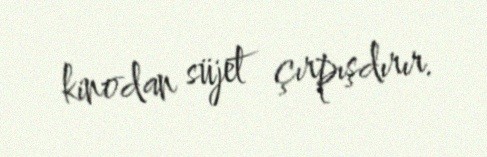
kinodan süjet çırpışdırır.